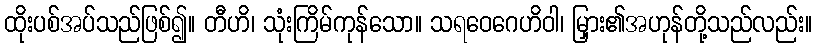
ထိုးပစ်အပ်သည်ဖြစ်၍။ တီဟိ၊ သုံးကြိမ်ကုန်သော။ သရဝေဂေဟိဝါ၊ မြှား၏အဟုန်တို့သည်လည်း။